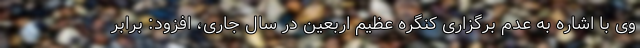
وی با اشاره به عدم برگزاری کنگره عظیم اربعین در سال جاری، افزود: برابر